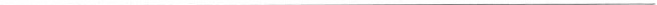
___